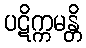
ပဋိက္ကမန္တိ